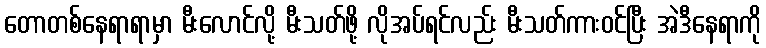
တောတစ်နေရာရာမှာ မီးလောင်လို့ မီးသတ်ဖို့ လိုအပ်ရင်လည်း မီးသတ်ကားဝင်ပြီး အဲဒီနေရာကို